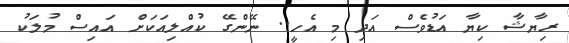
ރިޔާޝާ ކިޔާ އަޑުވެސް އަދި މި އެހީ.. ނޭންގޭ ކުއްލިއަކަށް އައިސް މުލަކު